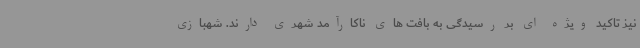
نیز تاکید ویژه ای بر رسیدگی به بافت های ناکارآمد شهری دارند. شهبازی